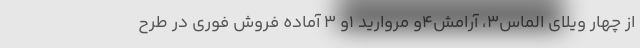
از چهار ویلای الماس۳، آرامش۴و مروارید ۱و ۳ آماده فروش فوری در طرح